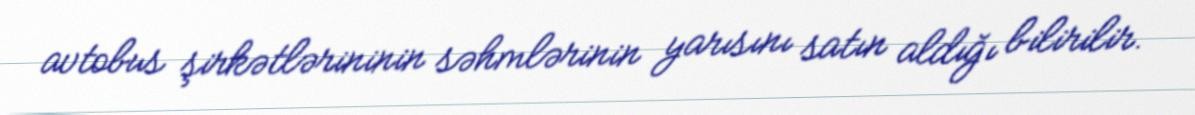
avtobus şirkətlərininin səhmlərinin yarısını satın aldığı bilirilir.